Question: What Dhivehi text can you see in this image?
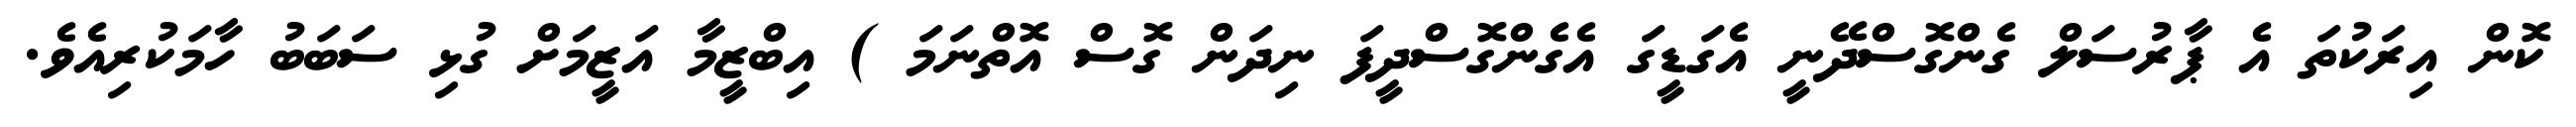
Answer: ކޮން އިރަކުތަ އެ ޕާރުސަލް ގެންގޮސްދޭނީ އެގަޑީގަ އެގެންގޮސްދީފަ ނިދަން ގޮސް އޮތްނަމަ ) އިބްޒީމާ އަޒީމަށް ގުޅި ސަބަބު ހާމަކުރިއެވެ.